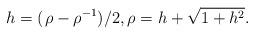
LaTeX: \begin{align*}h = (\kern .7pt\rho-\rho^{-1})/2 , \rho = h + \sqrt{1+h^2}.\end{align*}